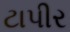
ટાપીર